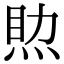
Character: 𤉏